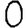
Digit: 0